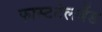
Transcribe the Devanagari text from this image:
फास्टटेलवेंड